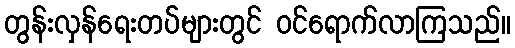
တွန်းလှန်ရေးတပ်များတွင် ဝင်ရောက်လာကြသည်။